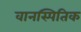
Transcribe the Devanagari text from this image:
वानस्पितिक